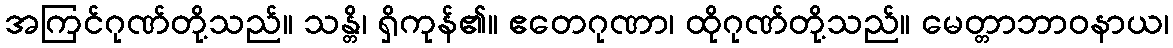
အကြင်ဂုဏ်တို့သည်။ သန္တိ၊ ရှိကုန်၏။ ဧတေဂုဏာ၊ ထိုဂုဏ်တို့သည်။ မေတ္တာဘာဝနာယ၊